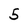
Character: 5